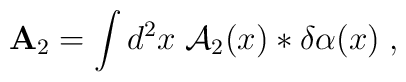
{\bf A}_2=\int d^2x\; {\cal A}_2(x) * \delta\alpha(x)\;,